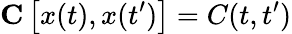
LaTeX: \mathbf{C}\left[x(t),x(t^{\prime})\right]=C(t,t^{\prime})